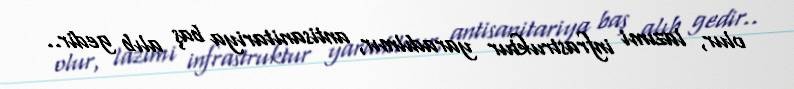
olur, lazımi infrastruktur yaradılmır, antisanitariya baş alıb gedir..